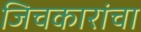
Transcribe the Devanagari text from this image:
जिचकारांचा